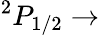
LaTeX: ^2P_{1/2}\rightarrow